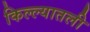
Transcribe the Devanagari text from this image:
किल्ल्यातली